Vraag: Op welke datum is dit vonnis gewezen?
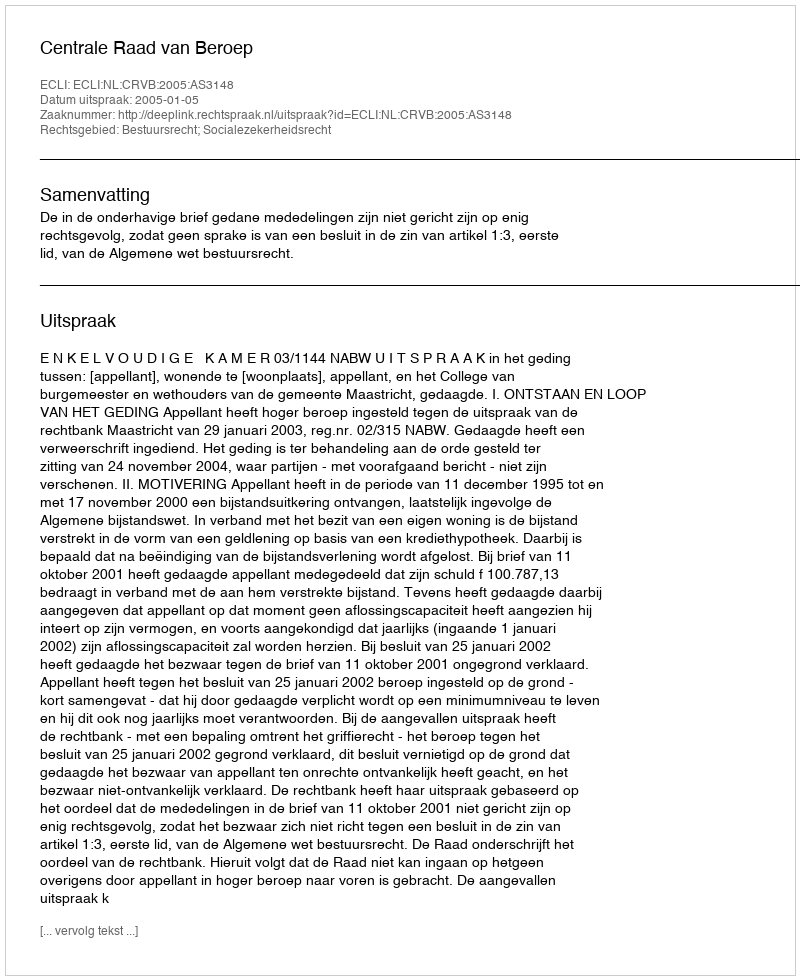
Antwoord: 2005-01-05